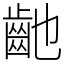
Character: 䶔